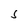
Character: s